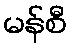
မန်စီ